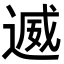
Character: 𮞩